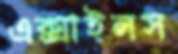
এক্সাইলস